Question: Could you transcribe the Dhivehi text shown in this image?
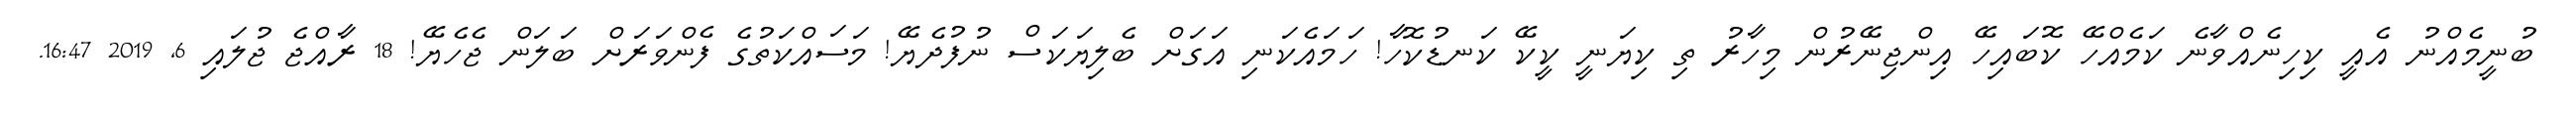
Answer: ބުނީމެއްނު އެއީ ކިހިނެއްވާނެ ކަމެއްހޭ ކޮބައިހޭ އިންޖިނޭރުން މިހާރު ތި ކިޔަނީ ކީކޭ ކަނޑުކޮހާ! ހަމައެކަނި އަގަށް ބެލިޔަކަސް ނުފުދެޔޭ! މަސައްކަތުގެ ފެންވަރަށް ބަލަން ޖެހެޔޭ! 18 ރާއްޖެ ޖުލައި 6, 2019 16:47.